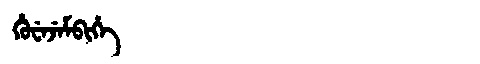
Manchu: ᡥᡠᠸᡝᠵᡝᠮᠪᡳᡥᡝ
Romanization: HUWEJEMBIHE